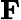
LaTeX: \textbf{F}